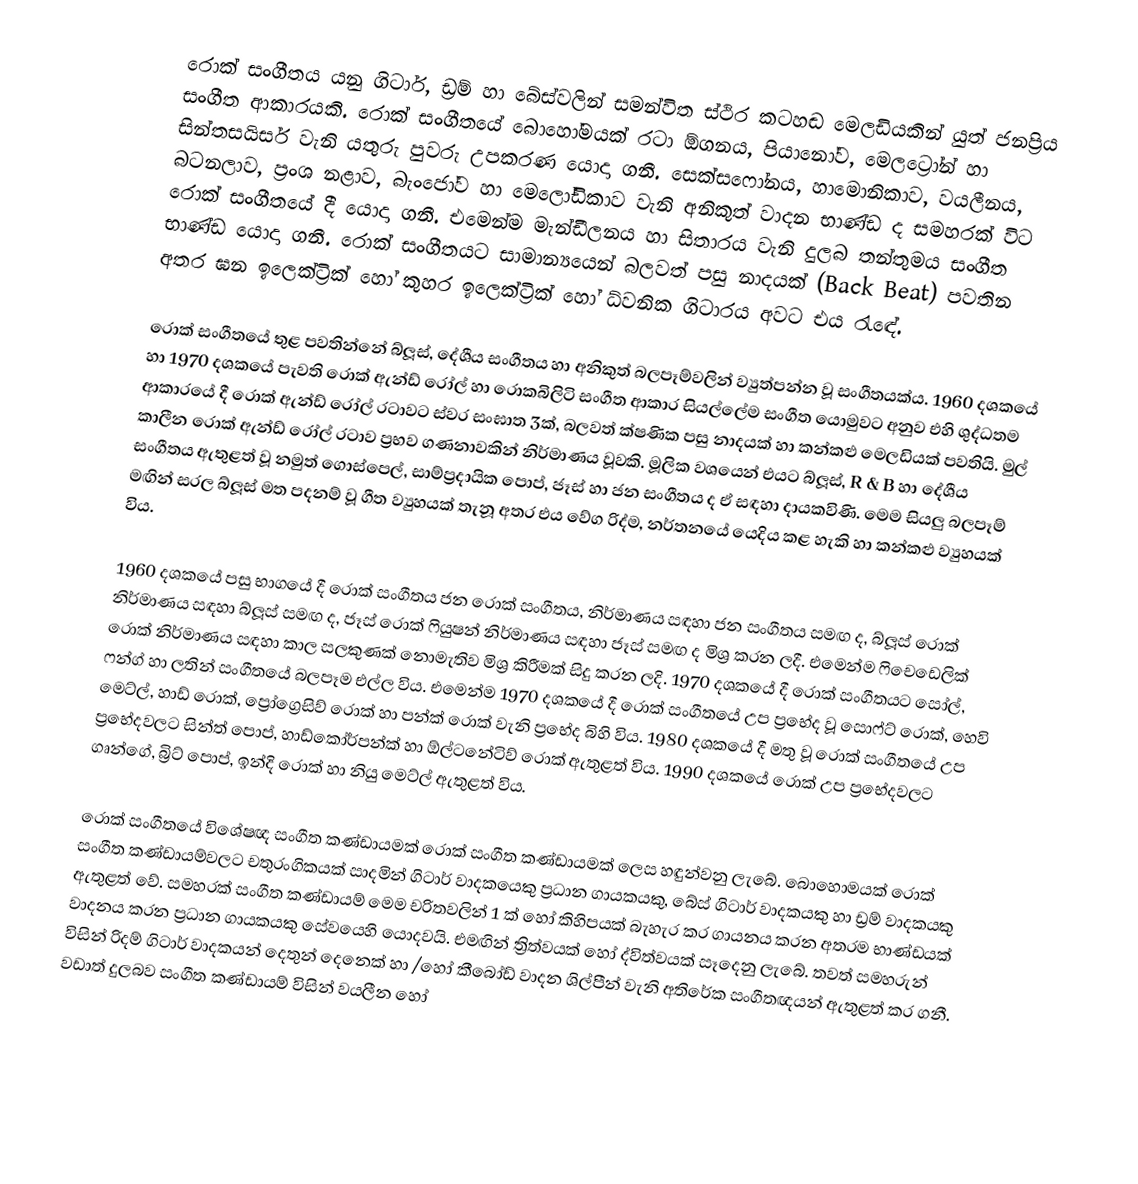
රොක් සංගීතය යනු ගිටාර්, ඩ්‍රම් හා බේස්වලින් සමන්විත ස්ථිර කටහඬ මෙලඩියකින් යුත් ජනප්‍රිය සංගීත ආකාරයකි. රොක් සංගීතයේ බො‍හෝමයක් රටා ඕගනය, පියානෝව, මෙලට්‍රෝන් හා සින්තසයිසර් වැනි යතුරු පුවරු උපකරණ යොදා ගනී. සෙක්සෆෝනය, හාමොනිකාව, වයලීනය, බටනලාව, ප්‍රංශ නළාව, බැංජෝව හා මෙලෝඩිකාව වැනි අනිකුත් වාදන භාණ්ඩ ද සමහරක් විට රොක් සංගීතයේ දී යොදා ගනී. එමෙන්ම මැන්ඩීලනය හා සිතාරය වැනි දුලබ තන්තුමය සංගීත භාණ්ඩ යොදා ගනී. රොක් සංගීතයට සාමාන්‍යයෙන් බලවත් පසු නාදයක් (Back Beat) පවතින අතර ඝන ඉලෙක්ට්‍රික් හෝ කුහර ‍ඉලෙක්ට්‍රික් හෝ ධ්වනික ගිටාරය අවට එය රැඳේ.

රොක් සංගීතයේ තුළ පවතින්නේ බ්ලූස්, දේශීය සංගීතය හා අනිකුත් බලපෑම්වලින් ව්‍යුත්පන්න වූ සංගීතයක්ය. 1960 දශකයේ හා 1970 දශකයේ පැවති රොක් ඇන්ඩ් රෝල් හා රොකබිලිටි සංගීත ආකාර සියල්ලේම සංගීත යොමුවට අනුව එහි ශුද්ධතම ආකාරයේ දී රොක් ඇන්ඩ් රෝල් රටාවට ස්වර සංඝාත 3ක්, බලවත් ක්ෂණික පසු නාදයක් හා කන්කළු මෙලඩියක් පවතියි. මුල් කාලීන රොක් ඇන්ඩ් රෝල් රටාව ප්‍රභව ගණනාවකින් නිර්මාණය වූවකි. මූලික වශයෙන් එයට බ්ලූස්, R & B හා දේශීය සංගීතය ඇතුළත් වූ නමුත් ගොස්පෙල්, සාම්ප්‍රදායික පොප්, ජෑස් හා ජන සංගීතය ද ඒ සඳහා දායකවිණි. මෙම සියලු බලපෑම් මඟින් සරල බ්ලූස් මත පදනම් වූ ගීත ව්‍යුහයක් තැනූ අතර එය වේග රිද්ම, නර්තනයේ යෙදිය කළ හැකි හා කන්කළු ව්‍යුහයක් විය.

1960 දශකයේ පසු භාගයේ දී රොක් සංගීතය ජන රොක් සංගීතය, නිර්මාණය සඳහා ජන සංගීතය සමඟ ද, බ්ලූස් රොක් නිර්මාණය සඳහා බ්ලූස් සමඟ ද, ජෑස් රොක් ෆියුෂන් නිර්මාණය සඳහා ජෑස් සමඟ ද මිශ්‍ර කරන ලදී. එමෙන්ම ෆිචෙඩෙලික් රොක් නිර්මාණය සඳහා කාල සලකුණක් නොමැතිව මිශ්‍ර කිරීමක් සිදු කරන ලදි. 1970 දශකයේ දී රොක් සංගීතයට සෝල්, ෆන්ග් හා ලතින් සංගීතයේ බලපෑම එල්ල විය. එමෙන්ම 1970 දශකයේ දී රොක් සංගීතයේ උප ප්‍රභේද වූ සොෆ්ට් රොක්, හෙවි මෙට්ල්, හාඩ් රොක්, ප්‍රෝග්‍රෙසිව් රොක් හා පන්ක් රොක් වැනි ප්‍රභේද බිහි විය. 1980 දශකයේ දී මතු වූ රොක් සංගීතයේ උප ප්‍රභේදවලට සින්ත් පොප්, හාඩ්කෝර්පන්ක් හා ඕල්ටනේටිව් රොක් ඇතුළත් විය. 1990 දශකයේ රොක් උප ප්‍රභේදවලට ගෘන්ගේ, බ්‍රිට් පොප්, ඉන්දි රොක් හා නියු මෙට්ල් ඇතුළත් විය.

රොක් සංගීතයේ විශේෂඥ සංගීත කණ්ඩායමක් රොක් සංගීත කණ්ඩායමක් ලෙස හඳුන්වනු ලැබේ. බොහොමයක් රොක් සංගීත කණ්ඩායම්වලට චතුරංගිකයක් සාදමින් ගිටාර් වාදකයෙකු ප්‍රධාන ගායකයකු, බේස් ගිටාර් වාදකයකු හා ඩ්‍රම් වාදකයකු ඇතුළත් වේ. සමහරක් සංගීත කණ්ඩායම් මෙම චරිතවලින් 1 ක් හෝ කිහිපයක් බැහැර කර ගායනය කරන අතරම භාණ්ඩයක් වාදනය කරන ප්‍රධාන ගායකයකු සේවයෙහි යොදවයි. එමඟින් ත්‍රිත්වයක් හෝ ද්විත්වයක් සෑදෙනු ලැබේ. තවත් සමහරුන් විසින් රිදම් ගිටාර් වාදකයන් දෙතුන් දෙනෙක් හා /හෝ  කීබෝඩ් වාදන ශිල්පීන් වැනි අතිරේක සංගීතඥයන් ඇතුළත් කර ගනී. වඩාත් දුලබව සංගීත කණ්ඩායම් විසින් වයලීන හෝ